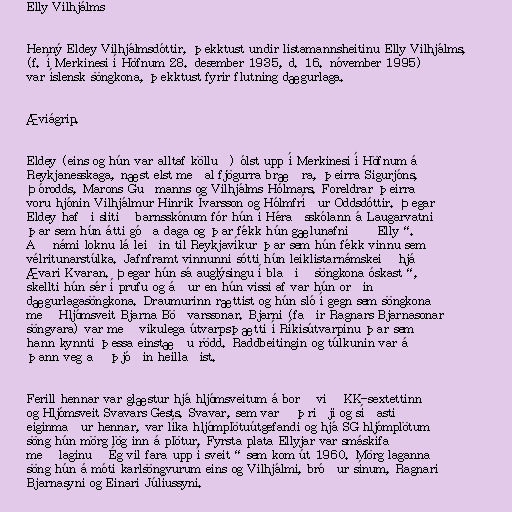
Elly Vilhjálms

Henný Eldey Vilhjálmsdóttir, þekktust undir listamannsheitinu Elly Vilhjálms,
(f. í Merkinesi í Höfnum 28. desember 1935, d. 16. nóvember 1995)
var íslensk söngkona, þekktust fyrir flutning dægurlaga.

Æviágrip.

Eldey (eins og hún var alltaf kölluð) ólst upp í Merkinesi í Höfnum á
Reykjanesskaga, næst elst meðal fjögurra bræðra, þeirra Sigurjóns,
Þórodds, Marons Guðmanns og Vilhjálms Hólmars. Foreldrar þeirra
voru hjónin Vilhjálmur Hinrik Ívarsson og Hólmfríður Oddsdóttir. Þegar
Eldey hafði slitið barnsskónum fór hún í Héraðsskólann á Laugarvatni
þar sem hún átti góða daga og þar fékk hún gælunafnið „Elly“.
Að námi loknu lá leiðin til Reykjavíkur þar sem hún fékk vinnu sem
vélritunarstúlka. Jafnframt vinnunni sótti hún leiklistarnámskeið hjá
Ævari Kvaran. Þegar hún sá auglýsingu í blaði „söngkona óskast“,
skellti hún sér í prufu og áður en hún vissi af var hún orðin
dægurlagasöngkona. Draumurinn rættist og hún sló í gegn sem söngkona
með Hljómsveit Bjarna Böðvarssonar. Bjarni (faðir Ragnars Bjarnasonar
söngvara) var með vikulega útvarpsþætti í Ríkisútvarpinu þar sem
hann kynnti þessa einstæðu rödd. Raddbeitingin og túlkunin var á
þann veg að þjóðin heillaðist.

Ferill hennar var glæstur hjá hljómsveitum á borð við KK-sextettinn
og Hljómsveit Svavars Gests. Svavar, sem varð þriðji og síðasti
eiginmaður hennar, var líka hljómplötuútgefandi og hjá SG hljómplötum
söng hún mörg lög inn á plötur. Fyrsta plata Ellyjar var smáskífa
með laginu „Ég vil fara upp í sveit“ sem kom út 1960. Mörg laganna
söng hún á móti karlsöngvurum eins og Vilhjálmi, bróður sínum, Ragnari
Bjarnasyni og Einari Júlíussyni.